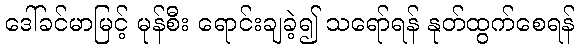
ဒေါ်ခင်မာမြင့် မုန်စီး ရောင်းချခဲ့၍ သရော်ရန် နုတ်ထွက်စေရန်